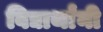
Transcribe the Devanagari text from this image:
विद्यार्थांनी